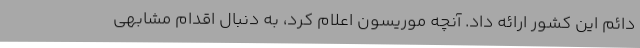
دائم این کشور ارائه داد. آنچه موریسون اعلام کرد، به دنبال اقدام مشابهی